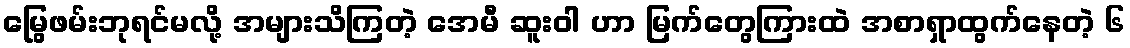
မြွေဖမ်းဘုရင်မလို့ အများသိကြတဲ့ အေမီ ဆူးဝါ ဟာ မြက်တွေကြားထဲ အစာရှာထွက်နေတဲ့ ၆